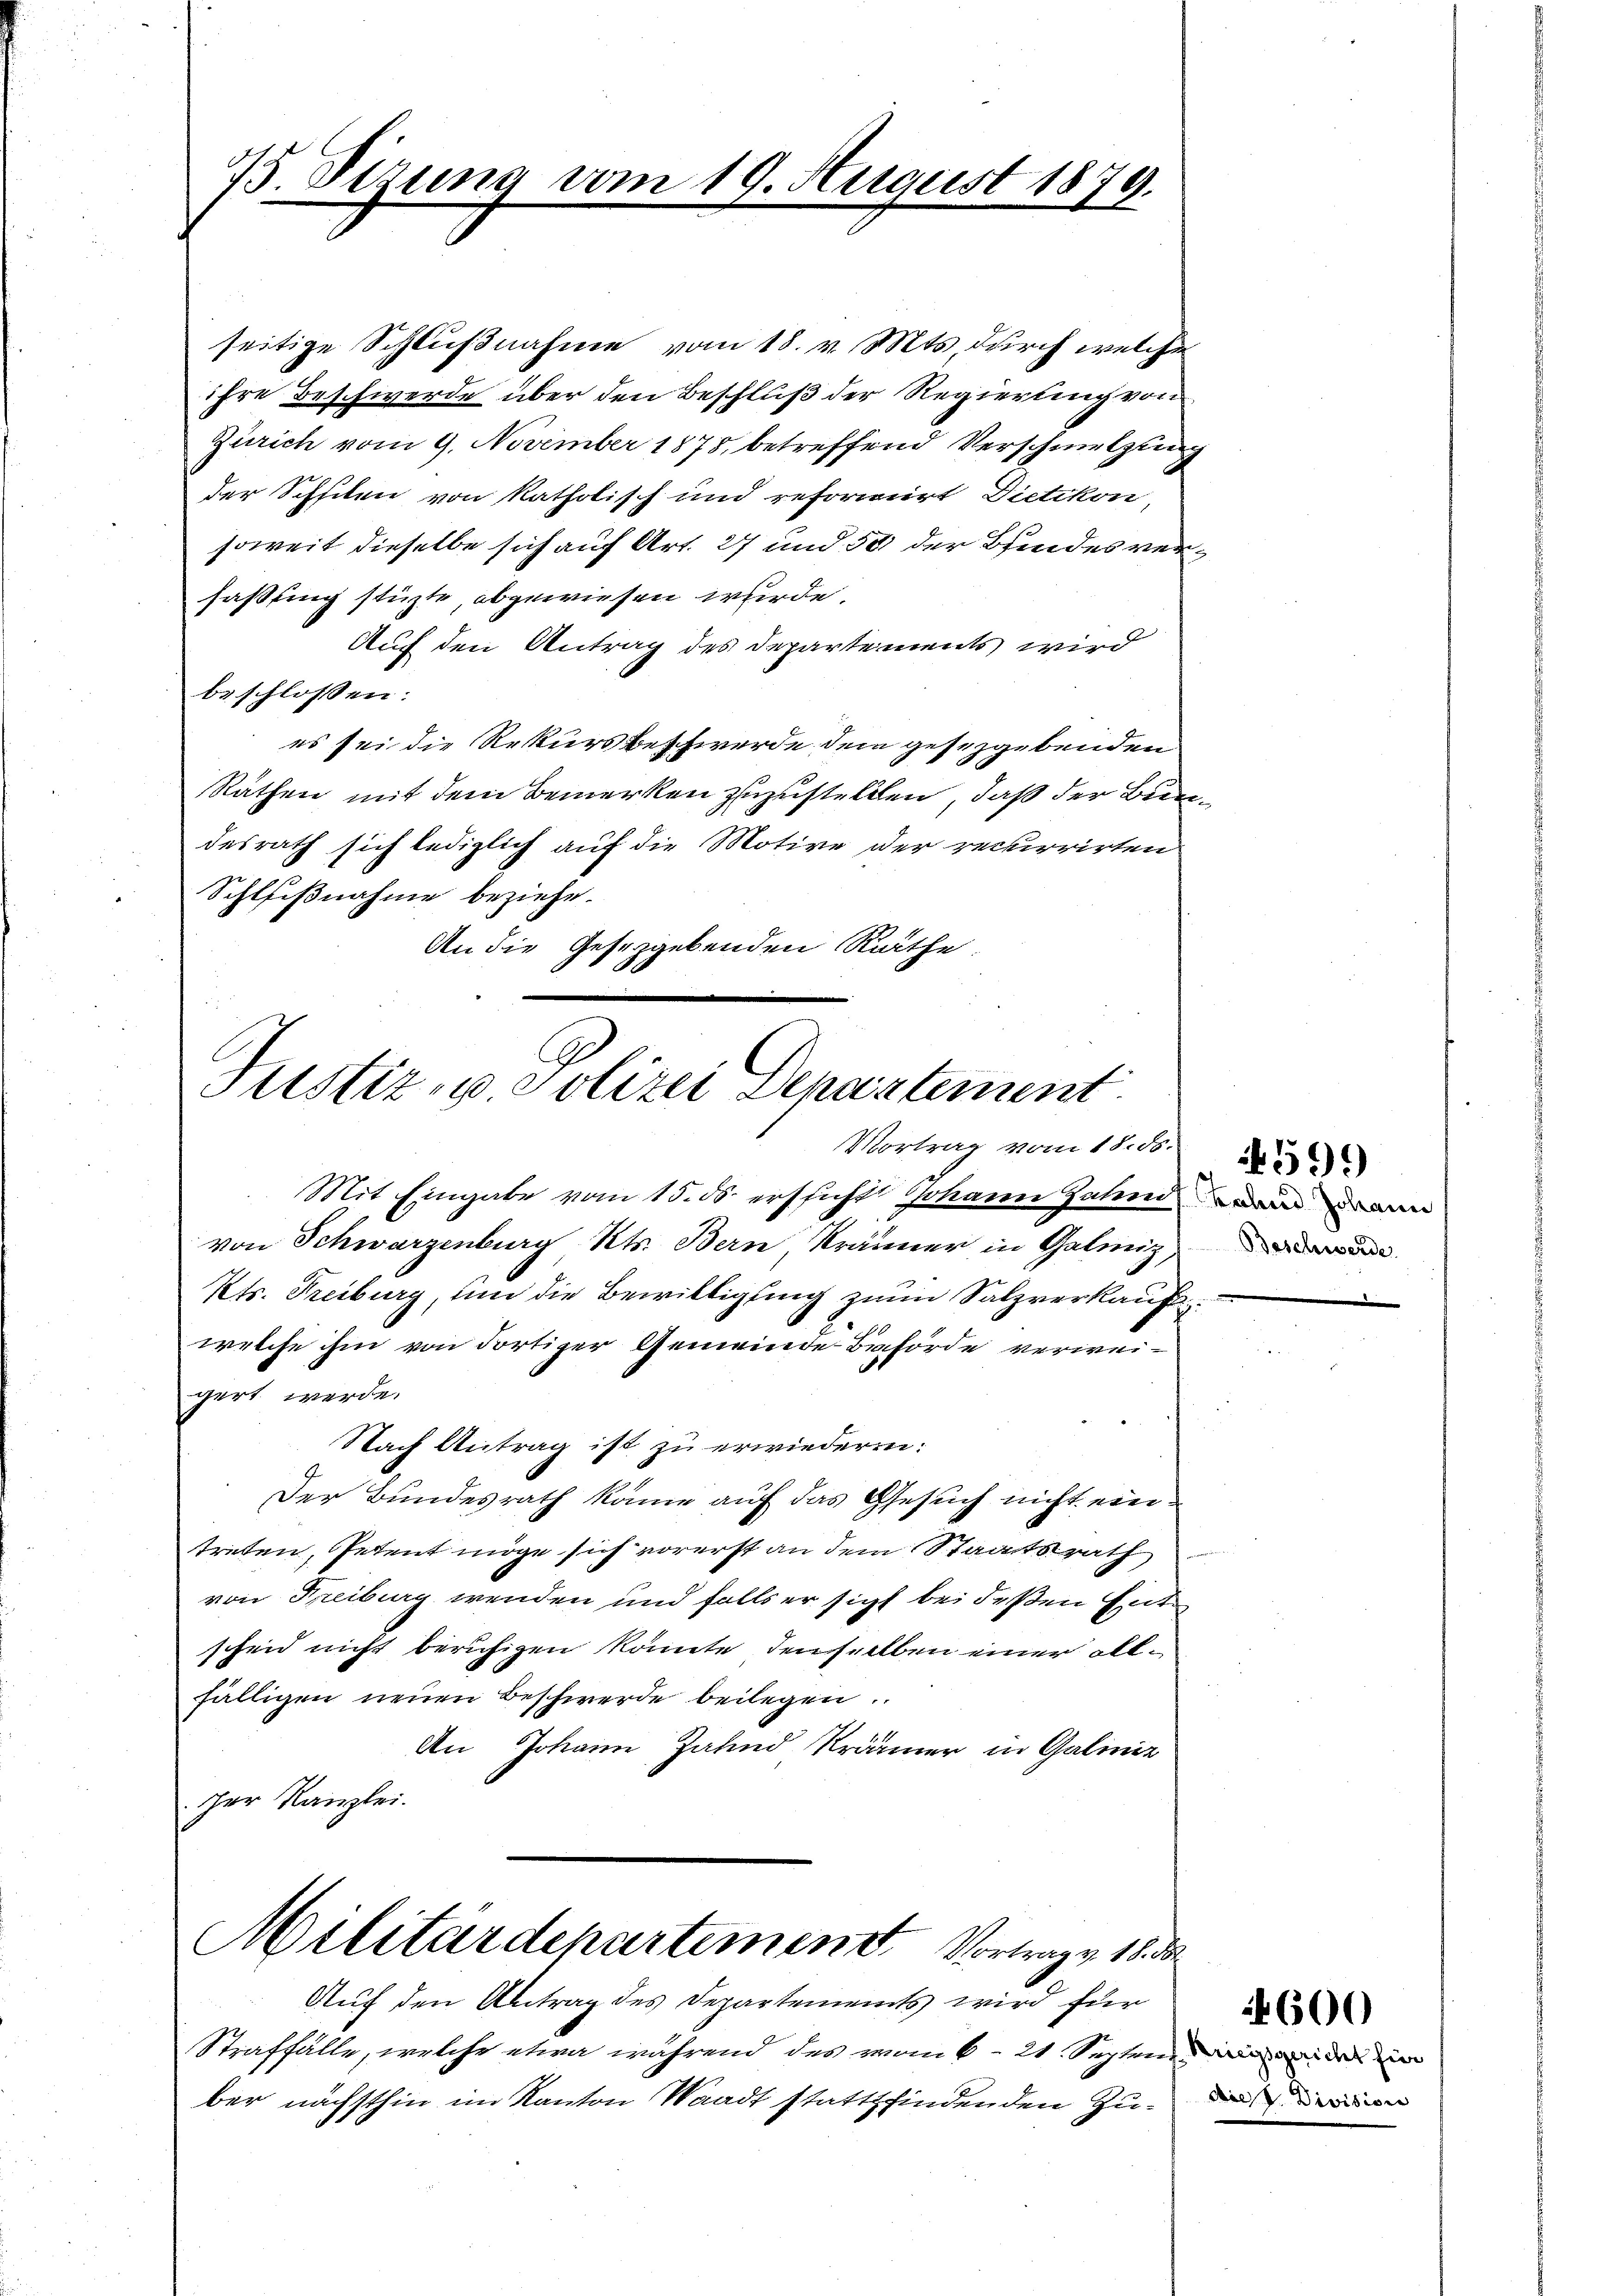
seitige Schlußnahme vom 18. v. Mts., durch welche
ihre Beschwerde über den Beschluß der Regierung von
Zürich vom 9. November 1875, betreffend Verschmelzung
der Schfiten von katholisch und reformirt Dietikon,
soweit dieselbe sich auf Art. 27 und 50 der Bindes verfaßling stüzte, abgewiesen wurde.
Auf den Antrag des Departements wird
beschlossen:
es sei die Rekursbeschwerde dem gesetzgebenden
Räthen mit dem Bemerken zuzustellen, daß der Bundesrath sich lediglich auf die Motive der recurrirten
Schlißnahme beziehe.
An die Gesetzgebenden Räthe

45. Sitzung vom

19. August 1879.

Justiz- u. Polizei Departement
Vortrag vom 18. ds.

Auf den Antrag des Departements wird für
Straffälle, welche etwa während des von 621. Septen
ber nächsthin im Kanton Waadt stattfindenden Zu¬

Mit Eingabe vom 15. ds. ersicht Johann Zahnden ein
von Schwarzenburg Kts. Bern, Kränner in Galmiz,
Kts. Freiburg, um die Bewilligung zum Salzverkauf
welche ihm von dortiger Gemeinde Behörde verweigert werde.
Nach Antrag ist zu erwiederren:
Der Bundesrath käme auf das Gesuch nicht eintreten, Petent möge sich vorerst an dem Staatsrath
von Freiburg wenden und falls er sicht bei deßen Entscheid nicht beruhigen könnte, denselben einer allfälligen neuen Beschwerde beilegen.
An Johann Jahnd Kränner in Galinie
zer Kanzlei.

Militärdepartement. Vortrage 18. 30.

Beschwerde

4599

f Kriegsgericht hier
Ai V. Division

4600